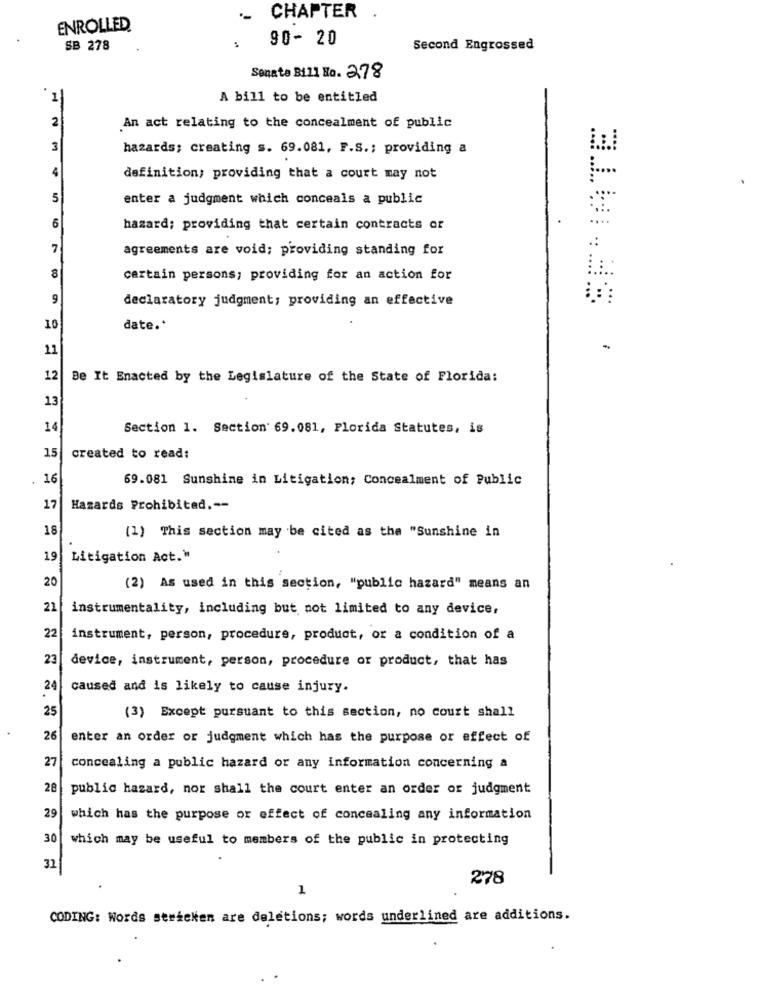
CHAPTER
ENROLLED
90- 20
SB 278
Second Engrossed
Senate Bill Ho. 2.78
1
A bill to be entitled
2
An act relating to the concealment of public
3
hazards; creating s. 69.081, F.S .; providing a
4
definition; providing that a court may not
5
enter a judgment which conceals a public
6
hazard; providing that certain contracts or
7
agreements are void; providing standing for
8
certain persons; providing for an action for
9
declaratory judgment; providing an effective
10
date .*
11
-
12
Be It Enacted by the Legislature of the State of Florida:
13
14
Section 1. Section 69.081, Florida Statutes, is
15
created to read:
16
69.081 Sunshine in Litigation; Concealment of Public
17
Hazards Prohibited .--
18
(1) This section may be cited as the "Sunshine in
19
Litigation Act."
20
(2) As used in this section, "public hazard" means an
21
instrumentality, including but not limited to any device,
22
instrument, person, procedure, product, or a condition of a
23
device, instrument, person, procedure or product, that has
24
caused and is likely to cause injury.
25
(3) Except pursuant to this section, no court shall
26
enter an order or judgment which has the purpose or effect of
27
concealing a public hazard or any information concerning a
28
public hazard, nor shall the court enter an order of judgment
29
which has the purpose or effect of concealing any information
30
which may be useful to members of the public in protecting
32
278
1
CODING: Words sertelen are deletions; words underlined are additions.